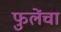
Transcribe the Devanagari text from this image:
फुलेंचा